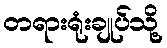
တရားရုံးချုပ်သို့